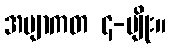
အဗျာကတ ၄-မျိုး။